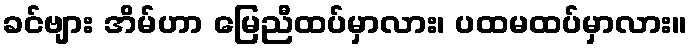
ခင်ဗျား အိမ်ဟာ မြေညီထပ်မှာလား၊ ပထမထပ်မှာလား။